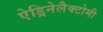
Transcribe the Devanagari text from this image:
ऐड्रिनेलैक्टोमी